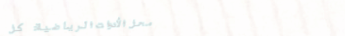
محل الأدوات الرياضية: كل